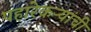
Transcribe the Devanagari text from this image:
पहारेकऱ्यांची